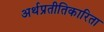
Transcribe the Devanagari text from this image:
अर्थप्रतीतिकारिता